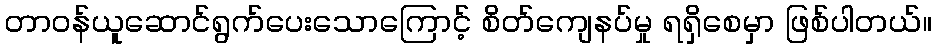
တာဝန်ယူဆောင်ရွက်ပေးသောကြောင့် စိတ်ကျေနပ်မှု ရရှိစေမှာ ဖြစ်ပါတယ်။